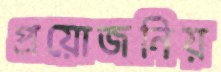
প্রয়োজনিয়